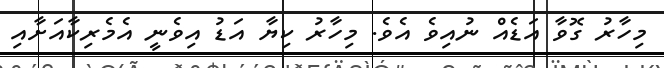
މިހާރު ގޮވާ އަޑެއް ނުއިވެ އެވެ. މިހާރު ކިޔާ އަޑު އިވެނީ އެމެރިކާއަށާއި